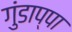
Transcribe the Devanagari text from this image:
गुंडाप्पा